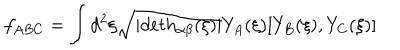
f _ { A B C } = \int d ^ { 2 } \xi \sqrt { | d e t h _ { \alpha \beta } ( \xi ) | } Y _ { A } ( \xi ) [ Y _ { B } ( \xi ) , Y _ { C } ( \xi ) ]